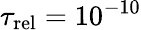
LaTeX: \tau_{\mathrm{rel}}=10^{-10}